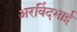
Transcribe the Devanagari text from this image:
अरविंदभाई